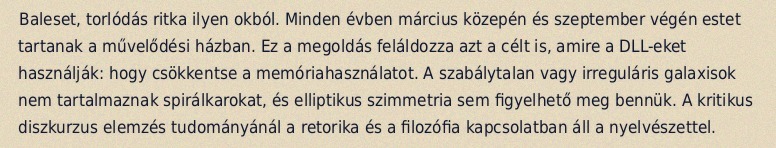
Baleset, torlódás ritka ilyen okból. Minden évben március közepén és szeptember végén estet tartanak a művelődési házban. Ez a megoldás feláldozza azt a célt is, amire a DLL-eket használják: hogy csökkentse a memóriahasználatot. A szabálytalan vagy irreguláris galaxisok nem tartalmaznak spirálkarokat, és elliptikus szimmetria sem figyelhető meg bennük. A kritikus diszkurzus elemzés tudományánál a retorika és a filozófia kapcsolatban áll a nyelvészettel.